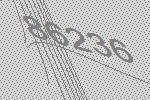
86236